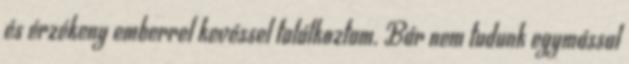
és érzékeny emberrel kevéssel találkoztam. Bár nem tudunk egymással